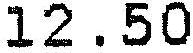
12.50